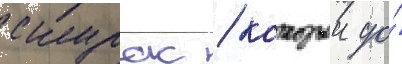
скурас / которыи до́